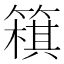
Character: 簯